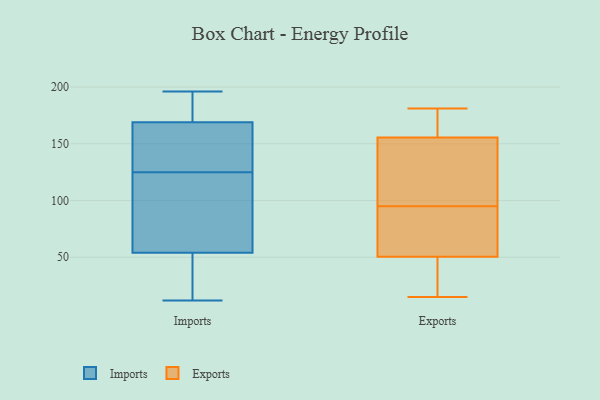
{"axis": {"x": "Bounce Rate (%)", "y": "Value"}, "legend": ["Exports", "Imports"], "data": [{"x": "", "y": 46, "type": "Imports"}, {"x": "", "y": 104, "type": "Imports"}, {"x": "", "y": 171, "type": "Imports"}, {"x": "", "y": 195, "type": "Imports"}, {"x": "", "y": 162, "type": "Imports"}, {"x": "", "y": 196, "type": "Imports"}, {"x": "", "y": 123, "type": "Imports"}, {"x": "", "y": 151, "type": "Imports"}, {"x": "", "y": 12, "type": "Imports"}, {"x": "", "y": 43, "type": "Imports"}, {"x": "", "y": 27, "type": "Imports"}, {"x": "", "y": 99, "type": "Imports"}, {"x": "", "y": 127, "type": "Imports"}, {"x": "", "y": 176, "type": "Imports"}, {"x": "", "y": 62, "type": "Imports"}, {"x": "", "y": 167, "type": "Imports"}, {"x": "", "y": 83, "type": "Exports"}, {"x": "", "y": 70, "type": "Exports"}, {"x": "", "y": 108, "type": "Exports"}, {"x": "", "y": 175, "type": "Exports"}, {"x": "", "y": 32, "type": "Exports"}, {"x": "", "y": 181, "type": "Exports"}, {"x": "", "y": 15, "type": "Exports"}, {"x": "", "y": 95, "type": "Exports"}, {"x": "", "y": 156, "type": "Exports"}, {"x": "", "y": 78, "type": "Exports"}, {"x": "", "y": 44, "type": "Exports"}, {"x": "", "y": 141, "type": "Exports"}, {"x": "", "y": 41, "type": "Exports"}, {"x": "", "y": 154, "type": "Exports"}, {"x": "", "y": 172, "type": "Exports"}]}